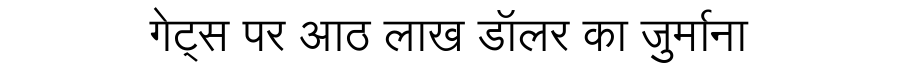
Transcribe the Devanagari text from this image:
गेट्स पर आठ लाख डॉलर का जुर्माना